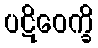
ပဋိဝေက္ခိ